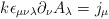
\begin{align*}k\epsilon_{\mu\nu\lambda}\partial_\nu A_\lambda = j_\mu\end{align*}